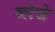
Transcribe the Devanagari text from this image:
ब्लेजे